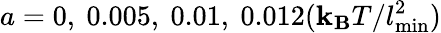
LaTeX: a=0,~0.005,~0.01,~0.012(\mathbf{k}_{\mathbf{B}}T/l_{\mathrm{{min}}}^{2})